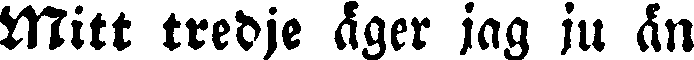
Mitt tredje äger jag ju än